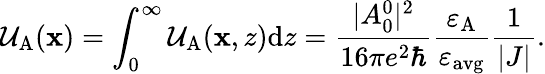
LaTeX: \mathcal{U}_{\mathrm{A}}(\mathbf{x})=\int_{0}^{\infty}\mathcal{U}_{\mathrm{A}}(\mathbf{x},z)\mathrm{d}z=\frac{|A_{0}^{0}|^{2}}{16\pi e^{2}\hbar}\frac{\varepsilon_{\mathrm{A}}}{\varepsilon_{\mathrm{avg}}}\frac{1}{|J|}.